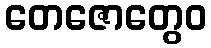
တေဇောတွေဝ